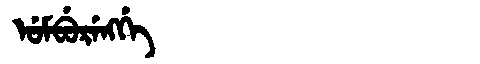
Manchu: ᡠᠮᠪᡠᡵᡝᠩᡤᡝ
Romanization: UMBURENGGE